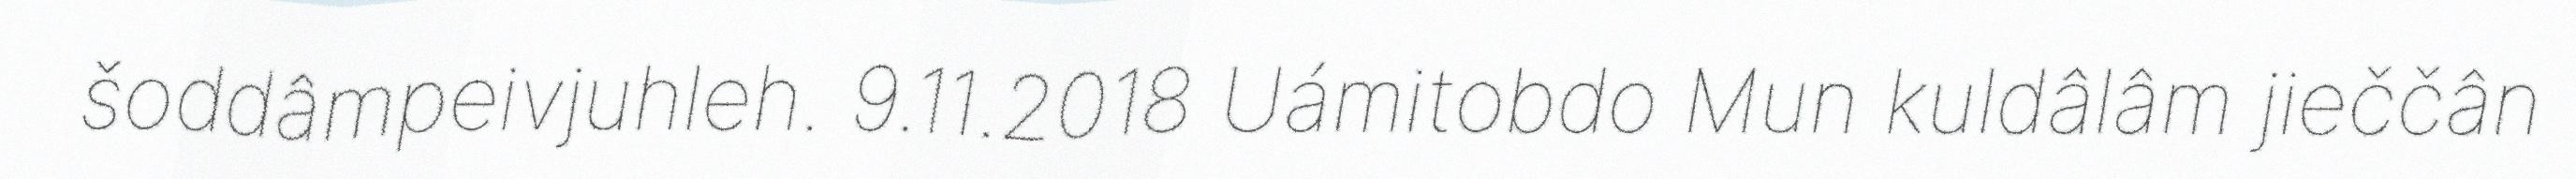
šoddâmpeivjuhleh. 9.11.2018 Uámitobdo Mun kuldâlâm jieččân